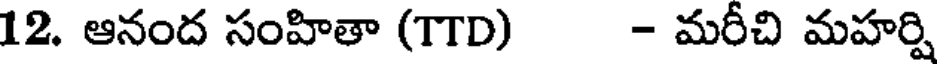
12. ఆనంద సంహితా (TTD) - మరీచి మహర్షి